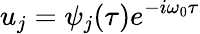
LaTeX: u_{j}=\psi_{j}(\tau)e^{-i\omega_{0}\tau}